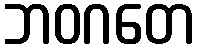
ဘဝဂတေ